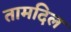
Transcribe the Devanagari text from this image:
तामदिल